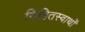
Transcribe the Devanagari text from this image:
निहितस्वार्थों